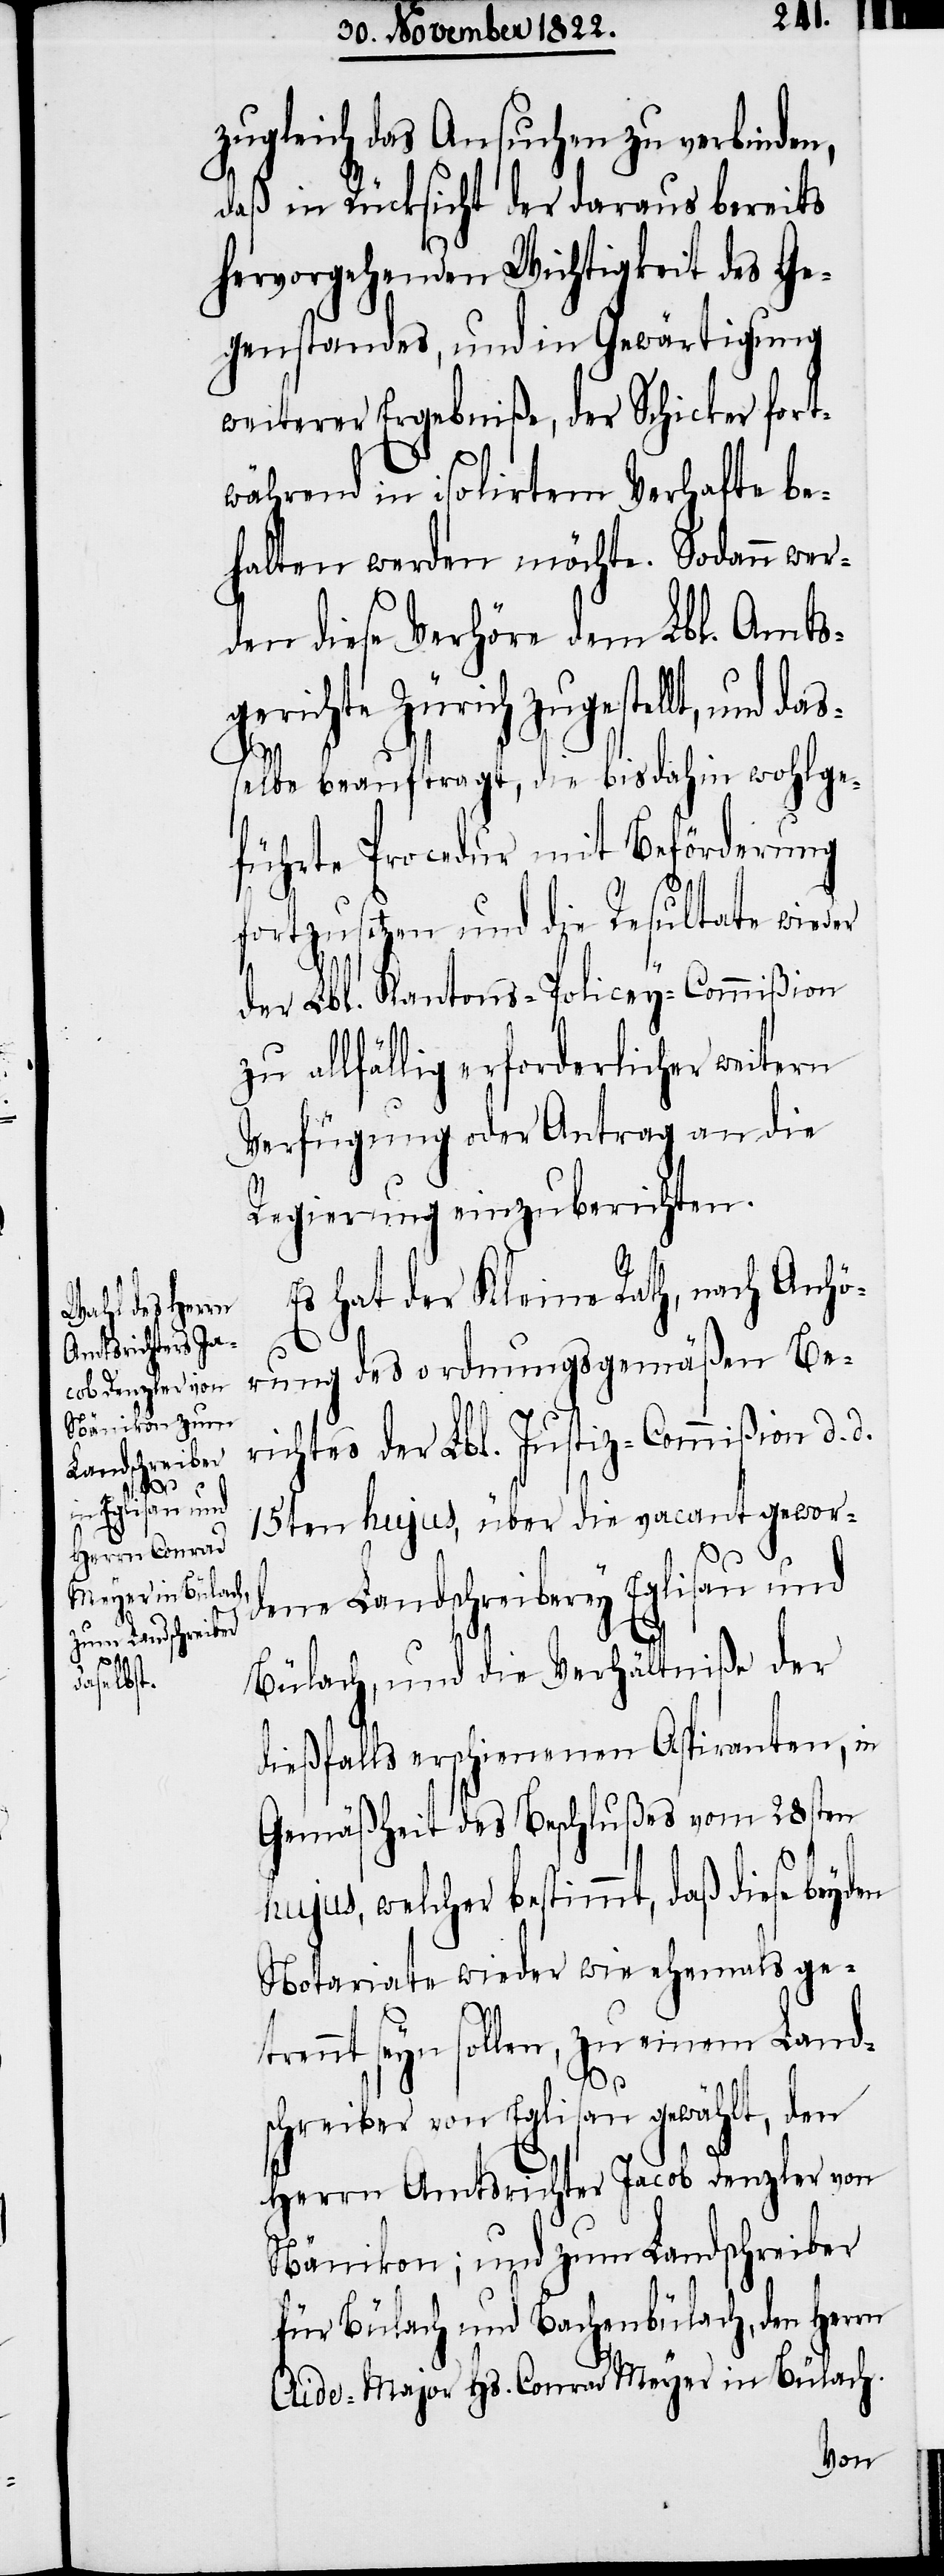
das¬

zugleich das Ansuchen zu verbinden,
daß in Rücksicht der daraus bereits
hervorgehenden Wichtigkeit des Ge¬
genstandes, und in Gewärtigung
weiterer Ergebniße, der Schicker fort¬
während in isolirtem Verhafte be¬
halten werden möchte. Sodann wer¬
den diese Verhöre dem Lbl. Amts¬
gerichte Zürich zugestellt, und
selbe beauftragt, die bisdahin wohlge¬
führte Procedur mit Beförderung
fortzusetzen und die Resultate wieder
der Lbl. Kantons-Policey-Commißion
zu allfällig erforderlicher weitern
Verfügung oder Antrag an die
Regierung einzuberichten.
Es hat der Kleine Rath, nach Anhö¬
rung des ordnungsgemäßen Be¬
richtes der Lbl. Justiz-Commißion d. d.
15ten hujus, über die vacant gewor¬
dene Landschreiberey Eglisau und
Bülach, und die Verhältniße der
dießfalls erschienenen Aspiranten, in
Gemäßheit des Beschlußes vom 28ten
hujus, welcher bestimmt, daß diese
Notariate wieder wie ehemals ge¬
trennt seyn sollen, zu einem Land¬
schreiber von Eglisau gewählt, den
Herrrn Amtsrichter Jacob Denzler von
Nänikon; und zum Landschreiber
für Bülach und Bachenbülach, den Herrn
Aide-Major Hs. Conrad Meyer in Bülach.